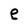
Character: e